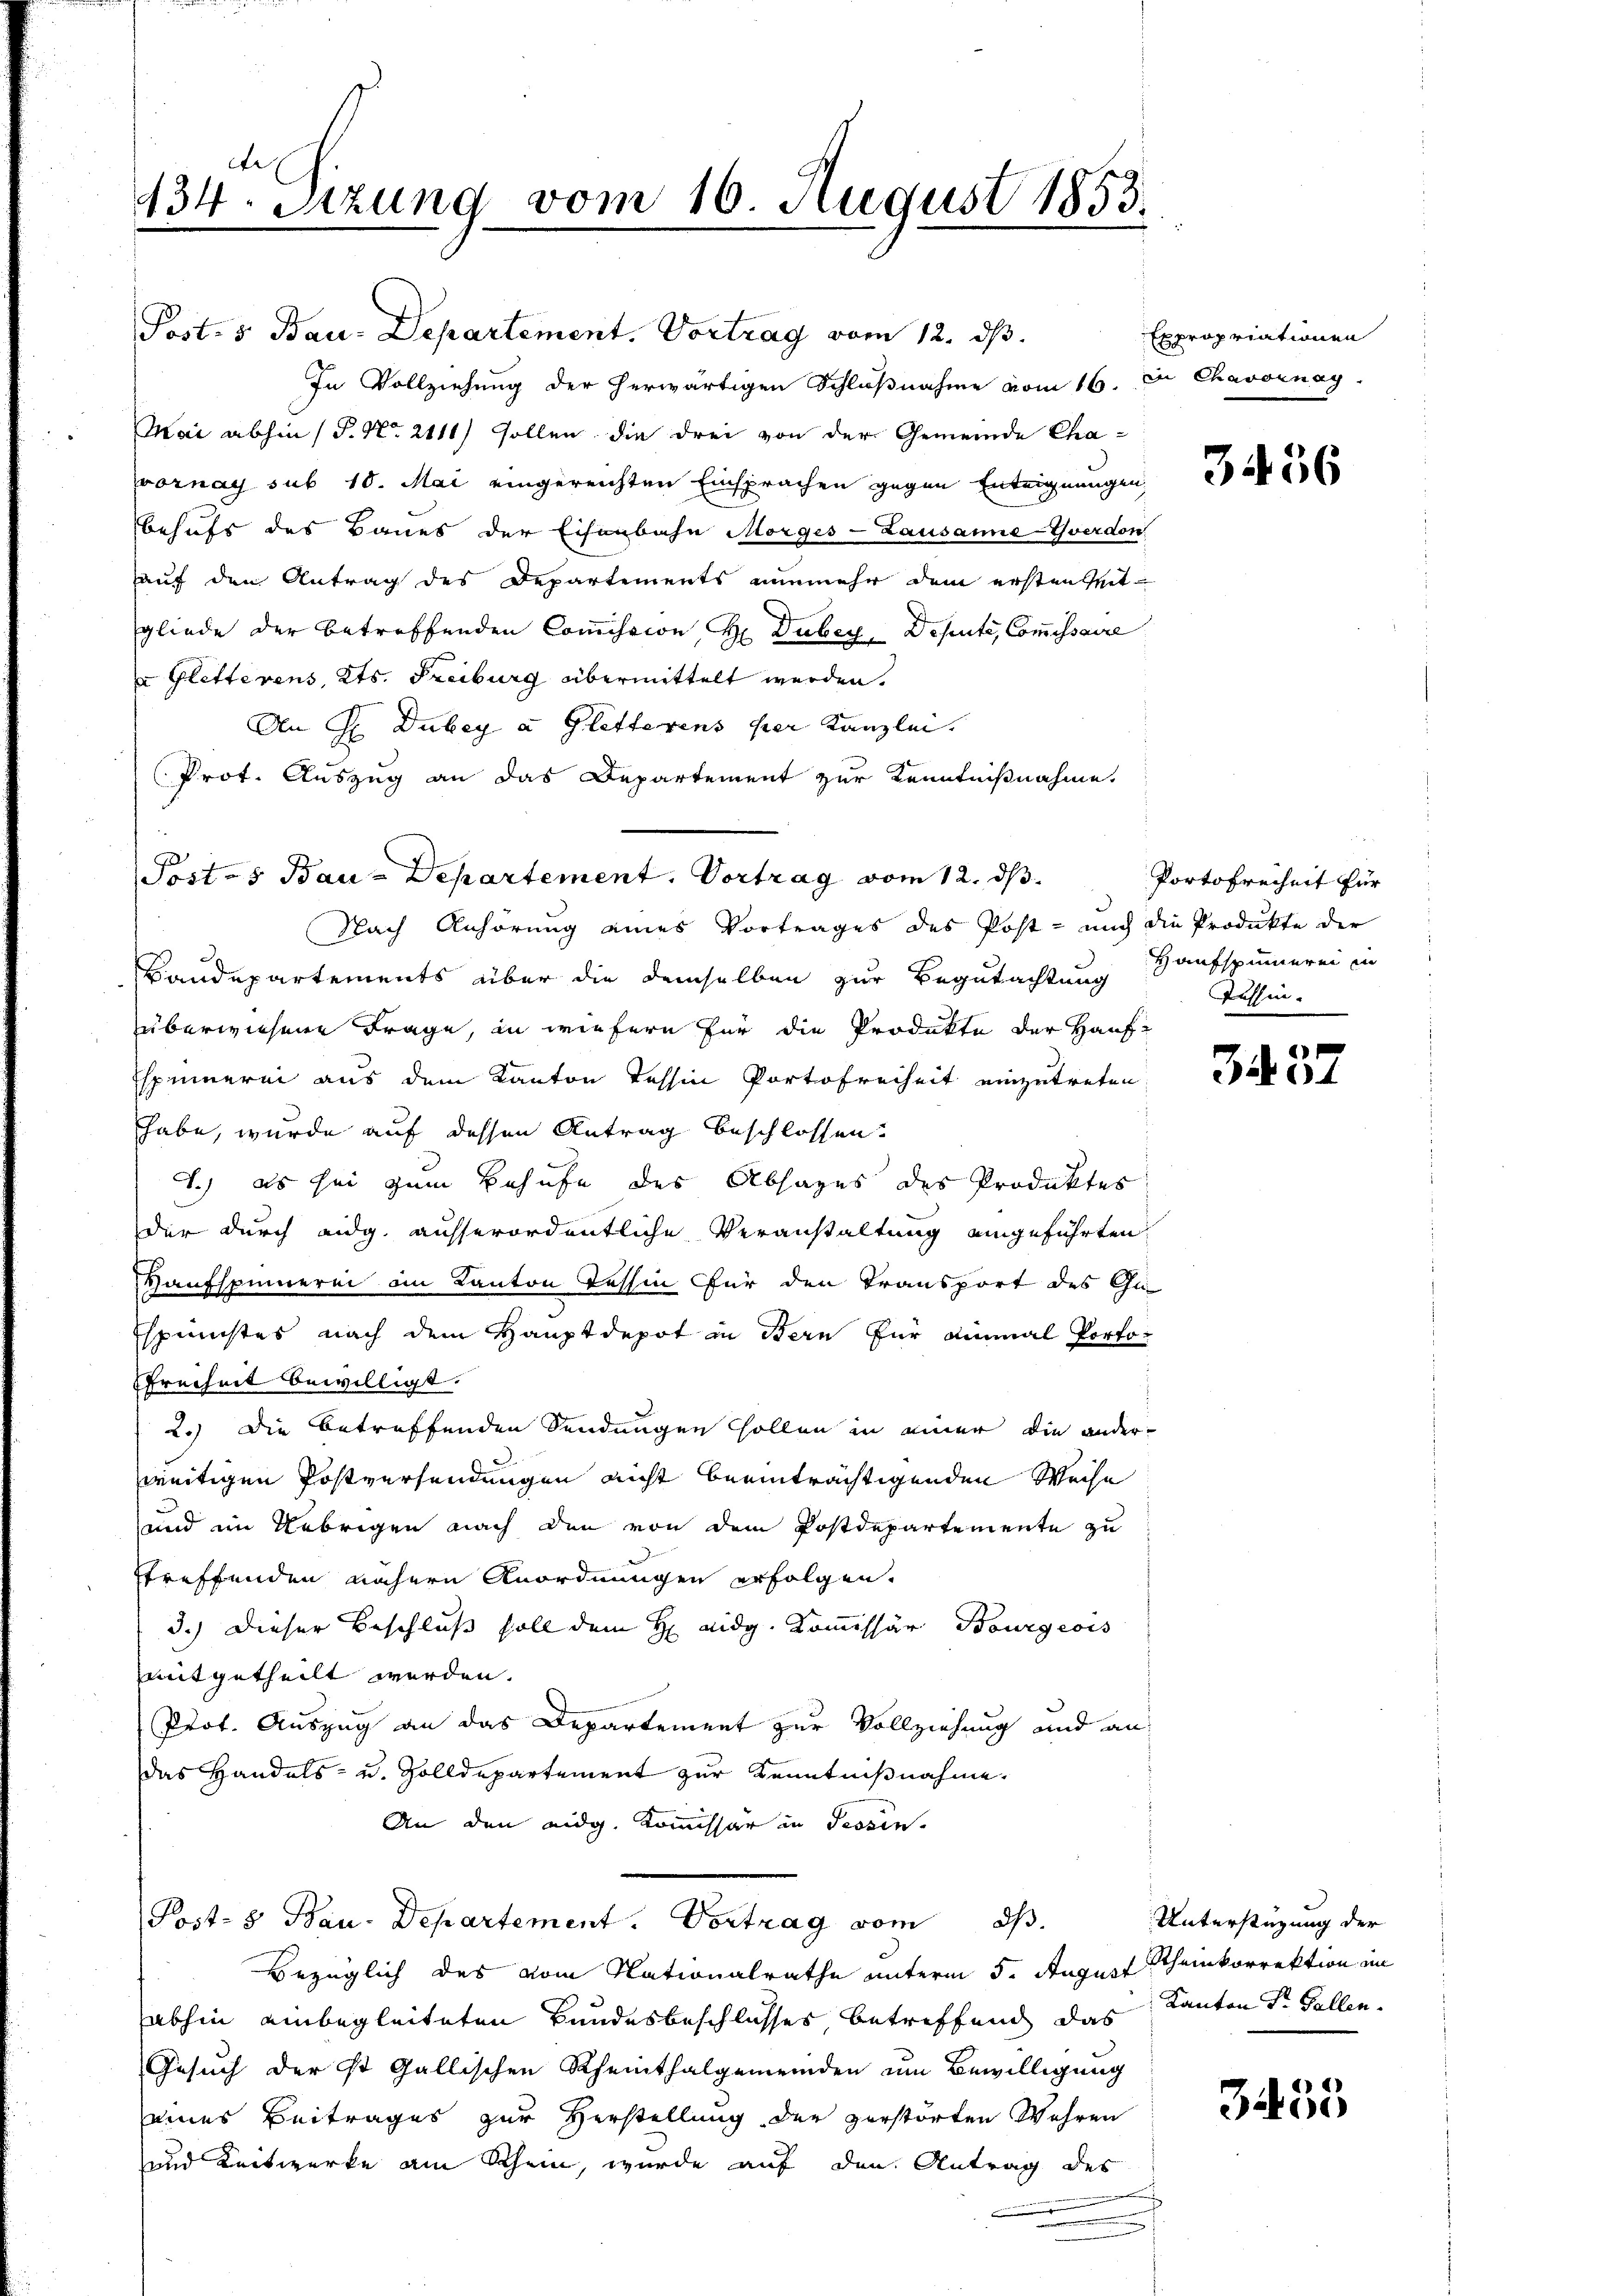
434. Sizung vom 16. August 1855.

Post. 5. Bau-Departement. Vortrag vom 12. ds.
In Vollziehung der herwärtigen Schlußnahme vom 16. Je Chavornag
Mai abhin (P. Nr. 2111) sollen die drei von der Gemeinde Chaornay sub 10. Mai eingereichten Einsprachen gegen Enteignungen,
behufs des Baues der Eisenbahn Morges - Lausanne-Yverdon
auf den Antrag des Departements nunmehr dem erstenseit
gliede der betreffenden Commission H. Duber, Depute, Commissaire
u Gletterens, Kts. Freiburg übermittelt werden.
An H. Dubey a. Gletterens her Kanzlei.
Prot. Auszug an das Departement zur Kenntnißnahme
Nach Anhörung eines Vortrages des Post - mich die Produkte der
Baudepartements über die demselben zur Begutachtung
überwiesene Frage, in wiefern für die Produkte der Hauf
Espinnerei aus dem Kanton Tessin Portofreiheit einzutreten
habe, wurde auf dessen Antrag beschlossen.
1.) es sei zum Behufe des Absages des Produktes
der durch eidg. ausserordentliche Veranstaltung eingeführten
Haufspinnerei am Kanton Tessin für den Transport des Gu-
spunstes nach dem Hauptdepot in Bern für einmal Porfo¬
Freiheit bewilligt.
2.) Die betreffenden Sendungen sollen in einer die anderweitigen Postversendungen nicht beeinträchtigenden Weise
und im Uebrigen nach den von dem Postdepartemente zu
treffenden nähern Anordnungen erfolgen.
3.) Dieser Beschluß soll dem H: Lidg. Kommissär Bourgeois
mitgetheilt werden.
Prot. Auszug an das Departement zur Vollziehung und an
das Handels- u. Zolldepartement zur Kenntnißnahme,
An den eidg. Kommissär in Tessin.
Post- & Bau-Departement. Vortrag vom 23.
Bezüglich des vom Nationalrathe unterm 5. August Scheinkorrektion im
abhin einbegleiteten Bundesbeschlusses betreffend das Kanton Sr. Gallen.
Gesuch der ist Gallischen Rheinthalgemeinden um Bewilligung
eines Beitrages zur Verstellung der zerstörten Wahren
und Zeitwerke am Rhein, wurde auf den Antrag des

(Posts Bau-Departement. Vortrag vom 12. ds.

Expropriationen

3456

Portofreiheit für
Haufspinneren in
fashin.

6
B94

Unterstüzung der

3455